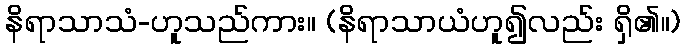
နိရာသာသံ-ဟူသည်ကား။ (နိရာသာယံဟူ၍လည်း ရှိ၏။)